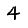
Digit: 4